Annual report of the Punjab Veterinary College and of the Civil Veterinary Department, Punjab - 1894-1908
Year: 1894
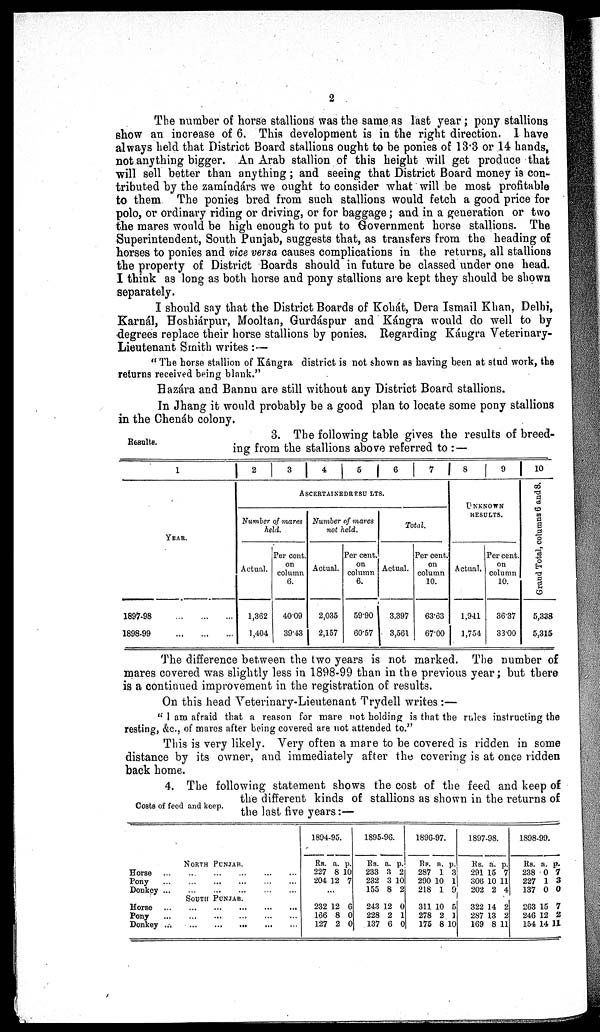
2
The number of horse stallions was the same as last year; pony stallions
show an increase of 6. This development is in the right direction. I have
always held that District Board stallions ought to be ponies of 13.3 or 14 hands,
not anything bigger. An Arab stallion of this height will get produce that
will sell better than anything; and seeing that District Board money is con-
tributed by the zamíndárs we ought to consider what will be most profitable
to them The ponies bred from such stallions would fetch a good price for
polo, or ordinary riding or driving, or for baggage; and in a generation or two
the mares would be high enough to put to Government horse stallions. The
Superintendent, South Punjab, suggests that, as transfers from the heading of
horses to ponies and vice versa causes complications in the returns, all stallions
the property of District Boards should in future be classed under one head.
I think as long as both horse and pony stallions are kept they should be shown
separately.
I should say that the District Boards of Kohát, Dera Ismail Khan, Delhi,
Karnál, Hoshiárpur, Mooltan, Gurdáspur and Kángra would do well to by
degrees replace their horse stallions by ponies. Regarding Kángra Veterinary-
Lieutenant Smith writes :—
"The horse stallion of Kángra district is not shown as having been at stud work, the
returns received being blank."
Hazára and Bannu are still without any District Board stallions.
In Jhang it would probably be a good plan to locate some pony stallions
in the Chenáb colony.
Results.
3. The following table gives the results of breed-
ing from the stallions above referred to :—
1
YEAR.
1897-98 ... ... ...
1898-99 ... ... ...
2 3 4 5 6 7
ASCERTAINEDRESL LTS.
Number of mares
held.
Actual.
1,362
1,404
Per cent.
on
column
6.
40.09
39.43
Number of mares
not held.
Actual.
2,035
2,157
Per cent.
on
column
6.
59.90
60.57
Total.
Actual.
3.397
3,561
Per cent.
on
column
10.
63.63
67.00
8
9
UNKNOWN
RESULTS.
Actual.
1,941
1,754
Per cent.
on
column
10.
36.37
33.00
10
Grand Total, columns 6 and 8.
5,338
5,315
The difference between the two years is not marked. The number of
mares covered was slightly less in 1898-99 than in the previous year; but there
is a continued improvement in the registration of results.
On this head Veterinary-Lieutenant Trydell writes :—
"I am afraid that a reason for mare not holding is that the rules instructing the
resting, &c., of mares after being covered are not attended to."
This is very likely. Very often a mare to be covered is ridden in some
distance by its owner, and immediately after the covering is at once ridden
back home.
Costs of feed and keep.
4. The following statement shows the cost of the feed and keep of
the different kinds of stallions as shown in the returns of
the last five years:—
Horse ...
Pony
...
Donkey ...
Horse ...
Pony ...
Donkey ...
NORTH PUNJAB.
.. ... .... ... ... ...
... ... ... ... ...
... ... ... ... ... ...
SOUTH PUNJAB.
... ... ... ... ...
... ... ... ... ...
... ... ... ... ... ...
1894-95.
Rs.
227
204
a.
8
12
p.
10
7
...
232
166
127
12
8
2
6
0
0
1895-96.
RS.
233
232
155
a.
3
3
8
p.
2
10
2
243
228
137
12
2
6
0
1
0
1896-97.
RS.
287
290
218
a.
1
10
1
p.
3
1
9
311
278
175
10
2
8
5
1
10
1897-98.
Rs.
291
306
202
a.
15
10
2
p.
7
11
4
322
287
169
14
13
8
2
2
11
1898-99.
Rs.
238
227
137
a.
0
1
0
p.
7
3
0
263
246
154
15
12
14
7
2
11